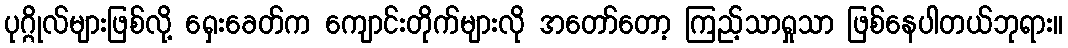
ပုဂ္ဂိုလ်များဖြစ်လို့ ရှေးခေတ်က ကျောင်းတိုက်များလို အတော်တော့ ကြည့်သာရှုသာ ဖြစ်နေပါတယ်ဘုရား။